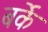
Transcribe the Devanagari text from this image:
बर्के